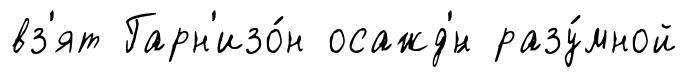
вз'ят Гарн'изо́н осажд'́н разу́мной